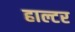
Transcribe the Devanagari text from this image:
हाल्टर